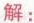
解：